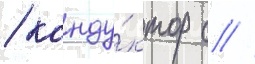
/ конду́ктор с //